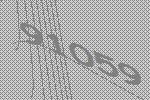
91059